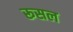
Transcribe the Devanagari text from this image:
रूसल